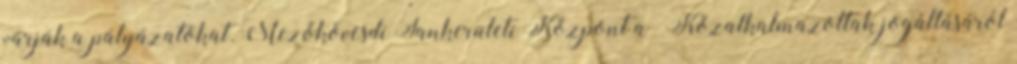
várják a pályázatokat. Mezőkövesdi Tankerületi Központ a “Közalkalmazottak jogállásáról